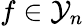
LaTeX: f\in\mathcal{Y}_{n}